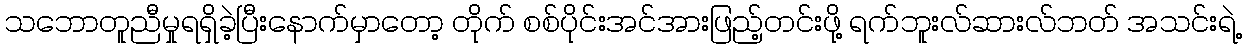
သဘောတူညီမှုရရှိခဲ့ပြီးနောက်မှာတော့ တိုက် စစ်ပိုင်းအင်အားဖြည့်တင်းဖို့ ရက်ဘူးလ်ဆားလ်ဘတ် အသင်းရဲ့